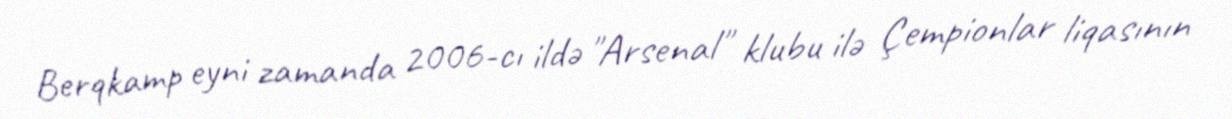
Berqkamp eyni zamanda 2006-cı ildə "Arsenal" klubu ilə Çempionlar liqasının